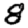
Digit: 8